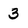
Character: 3